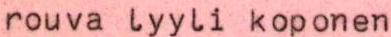
rouva lyyli koponen